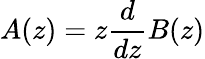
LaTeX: A(z)=z{\frac{d}{dz}}B(z)